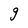
Character: g